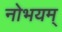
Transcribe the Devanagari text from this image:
नोभयम्